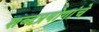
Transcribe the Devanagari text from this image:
शब्दप्रयोगांचे